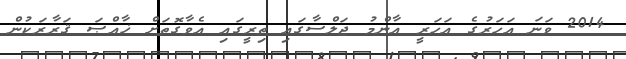
2014 ވަނަ އަހަރުގެ އަހަރީ އާންމު ޖަލްސާގައި ތިރީގައި އެވާގޮތަށް ޚާއްޞަ ޤަރާރަކުން